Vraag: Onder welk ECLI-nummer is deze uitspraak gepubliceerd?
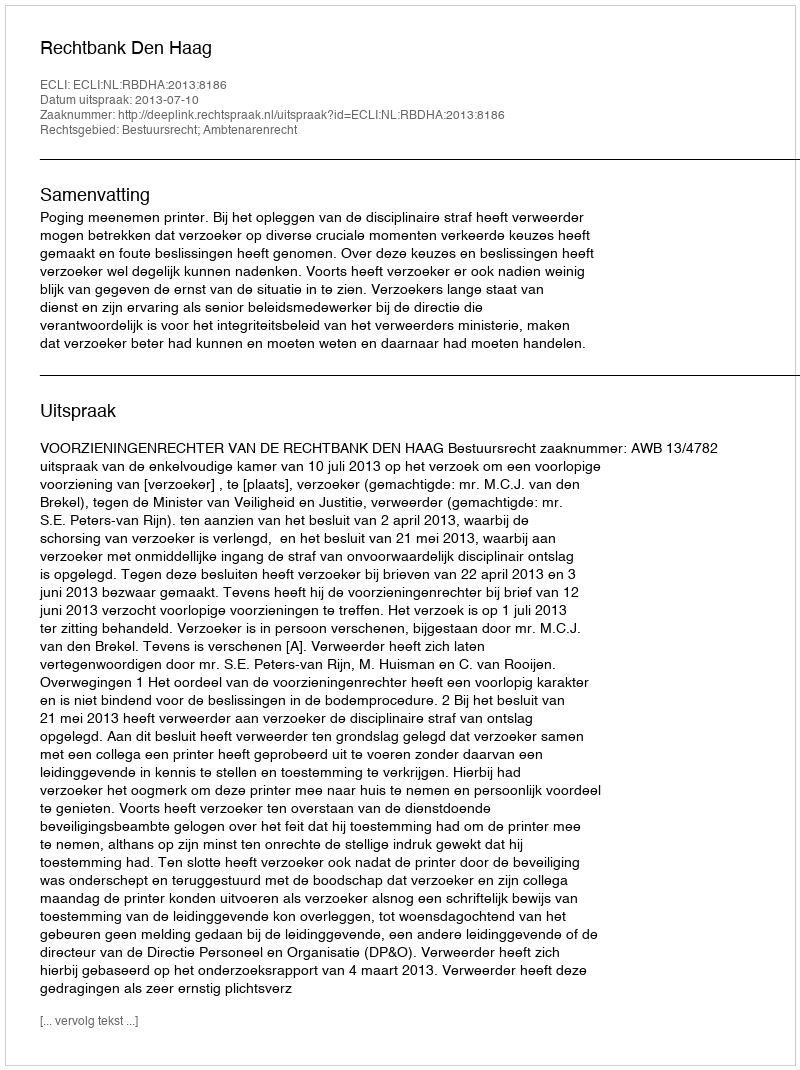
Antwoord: ECLI:NL:RBDHA:2013:8186